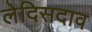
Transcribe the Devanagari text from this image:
लेदिसदाव